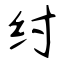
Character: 纣